Report on vaccination in Madras 1904-1921 - 1904-1921
Year: 1904
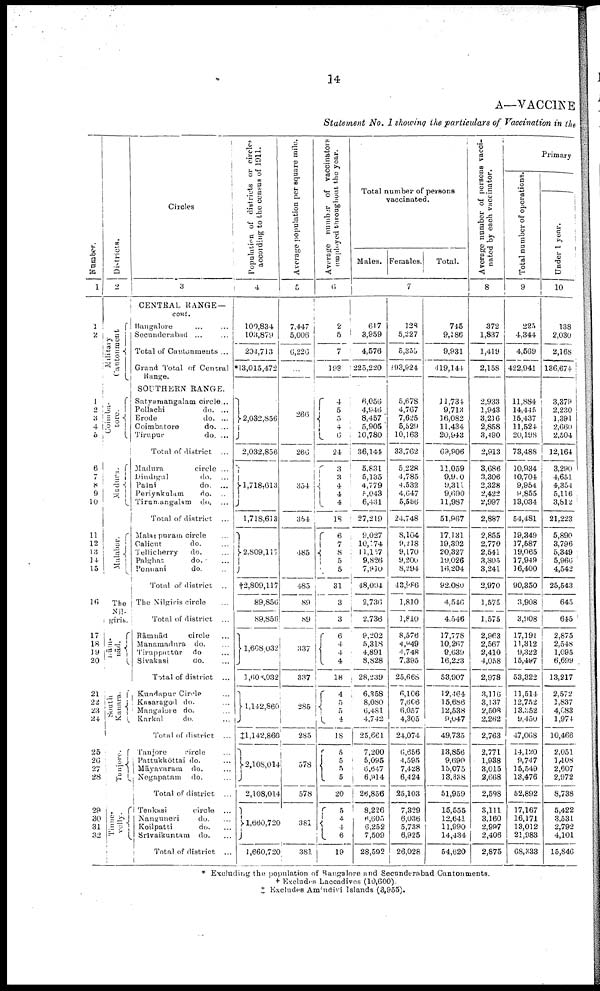
14
A—VACCINE
Statement No. I showing the particulars of Vaccination in the
Number.
1
1
2
1
2
3
4
5
6
7
8 9
10
11
12
13
14
15
10
17
18
19
20
21
22
23
24
25
26 27
28
20
30
31
32
Districts.
2
Military
Cantonment
Coimba-
tore.
Madura.
Malabar.
The
Nil-
giris.
R ā m -
nād.
South
Kanara.
Tanjore.
Tinne-
velly.
Circles
3
CENTRAL RANGE—
cont.
Bangalore ... ...
Secunderabad ... ...
Total of Cantonments ...
Grand Total of Central
Range.
SOUTHERN RANGE.
Satyamangalam circle...
Pollachi
do. ...
Erode
do. ...
Coimbatore
do. ...
Tirupur
do. ...
Total of district ...
Madura
circle ...
Dindigul
do. ...
Palni
do. ...
Periyakulam
do. ...
Tirumangalam do. ...
Total of district ...
Malappuram circle ...
Calicut
do. ...
Tellicherry
do. ...
Palghat
do. ...
Ponuani
do. ...
Total of district ...
The Nilgiris circle ...
Total of district ...
Rāmnād
circle ...
Manamadura do. ...
Tiruppattūr
do ...
Sivakasi
do. ...
Total of district ...
Kundapur Circle ...
Kasaragod do. ...
Mangalore do. ...
Karkal
do. ...
Total of district ...
Tanjore
circle ...
Pattukkōttai do. ...
Māyavaram do. ...
Negapatam
do. ...
Total of district ...
Tenkasi
circle ...
Nanguneri
do. ...
Koilpatti
do. ...
Srīvaikuntam do. ...
Total of district ...
Population of districts or circles
according to the census of 1911.
4
100,834
103,879
204,713
*13,015,472
2,032,856
2,032,856
1,718,613
1,718,613
2,809,117
†2,809,117
89,856
89,856
1,608,032
1,600,032
1,142,860
‡1,142,860
2,108,014
2,108,014
1,660,720
1,660,720
Average population per square mile.
5
7,447
5,006
6,226
...
266
266
354
354
485
485
89
89
337
337
285
285
578
578
381
381
Average number of vaccinators
employed throughout the year.
6
2
5
7
193
4
5
5
4 6
24
3
3
4
4
4
18
6
7
8
5
5
31
3
3
6
4
4
4
18
4
5
5
4
18
5 5
5
5
20
5
4
4
6
19
Total number of persons
vaccinated.
Males. Females.
Total.
7
617
3,959
4,576
225,220
6,056
4,946
8,457
5,905
10,780
36,144
5,831
5,135
4,779
5,043
6,431
27,219
9,027
10,174
11,157
9,826
7,910
48,094
2,736
2,736
9,202
5,318
4,891
8,828
28,239
6,358
8,080
6,481
4,742
25,661
7,200
5,095
6,647
6,914
26,856
8,226
6,603
6,252
7,509
28,592
128
5,227
5,355
193,924
5,678
4,767
7,625
5,529
10,163
33,762
5,228
4,785
4,532
4,647
5,556
24,748
8,104
9,218
9,170
9,200
8,294
43,986
1,810
1,810
8,576
4,949
4,748
7,395
25,668
6,106
7,606
6,057
4,305
24,074
6,656
4,595
7,428
6,424
25,103
7,329
6,036
5,738
6,925
26,028
745
9,186
9,931
419,144
11,734
9,713
16,082
11,434
20,943
69,906
11,059
9,900
9,311
9,690
11,987
51,967
17,131
19,392
20,327
19,026
16,204
92,080
4,546
4,546
17,778
10,267
9,639
16,223
53,907
12,464
15,686
12,538
9,047
49,735
13,856
9,690
15,075
18,338
51,959
15,555
12,641
11,990
14,434
54,620
Average number of persons vacci
nated by each vaccinator.
8
372
1,837
1,419
2,158
2,933
1,943
3,216
2,858
3,490
2,913
3,686
3,306
2,328
2,422
2,997
2,887
2,855
2,770
2,541
3,805
3,241
2,970
1,575
1,575
2,963
2,567
2,410
4,058
2,978
3,116
3,137
2,508
2,262
2,763
2,771
1,938
3,015
2,668
2,598
3,111
3,160
2,997
2,406
2,875
Primary
Total number of operations.
9
225
4,344
4,569
422,941
11,884
14,445
15,437
11,524
20,198
73,488
10,934
10,704
9,954
9,855
13,034
54,481
19,349
17,587
19,065
17,949
16,400
90,350
3,908
3,908
17,191
11,312
9,322
15,497
53,322
11,514
12,752
13,352
9,450
47,068
14,120
9,747
15,549
13,476
52,892
17,167
16,171
13,012
21,983
68,333
Under 1 year.
10
138
2,030
2,168
136,674
3,379
2,230
1,391
2,660
2,504
12,164
3,290
4,651
4,354
5,116
3,812
21,223
5,890
3,796
5,349
5,966
4,542
25,543
645
645
2,875
2,548
1,095
6,699
13,217
2,572
1,837
4,083
1,974
10,466
2,051
1,108
2,607
2,972
8,738
5,422
3,531
2,792
4,101
15,846
* Excluding the population of Bangalore and Secunderabad Cantonments.
† Excludes Laccadives (10,600).
‡ Excludes Amindivi Islands (3,955).